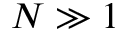
N \gg 1